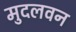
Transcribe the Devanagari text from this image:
मुदलवन